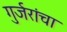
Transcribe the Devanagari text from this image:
गुर्जरांचा